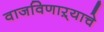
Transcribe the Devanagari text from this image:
वाजविणाऱ्याचे